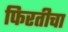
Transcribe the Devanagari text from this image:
फिरतीचा